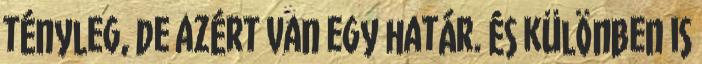
tényleg, de azért van egy határ. És különben is